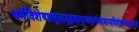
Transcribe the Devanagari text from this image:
धर्मविशेषप्रसूताद्द्रव्यगुणकर्मसामान्यविशेषसमवायानां